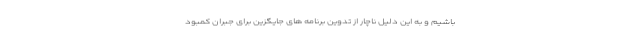
باشیم و به این دلیل ناچار از تدوین برنامه های جایگزین برای جبران کمبود